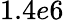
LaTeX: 1.4e6